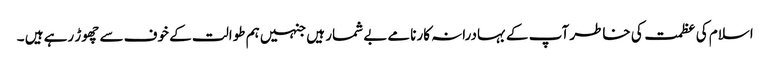
اسلام کی عظمت کی خاطر آپ کے بہادرانہ کارنامے بے شمار ہیں جنہیں ہم طوالت کے خوف سے چھوڑ رہے ہیں ۔